Statistics compiled by the Government of India from the reports of provincial Civil Veterinary Departments
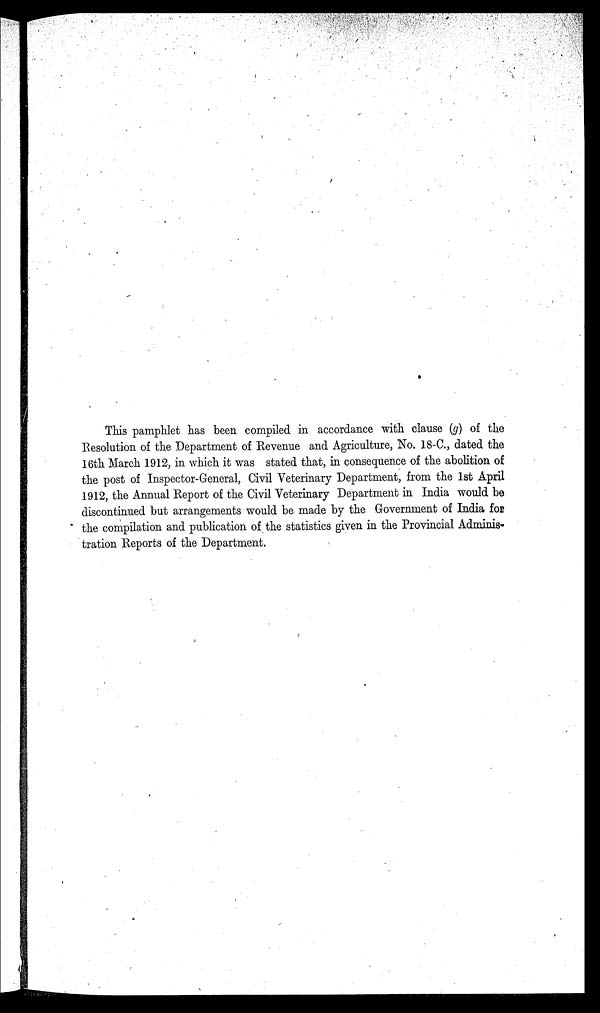
This pamphlet has been compiled in accordance with clause (g) of the
Resolution of the Department of Revenue and Agriculture, No. 18-C., dated the
16th March 1912, in which it was stated that, in consequence of the abolition of
the post of Inspector-General, Civil Veterinary Department, from the 1st April
1912, the Annual Report of the Civil Veterinary Department in India would be
discontinued but arrangements would be made by the Government of India for
the compilation and publication of the statistics given in the Provincial Adminis-
tration Reports of the Department.